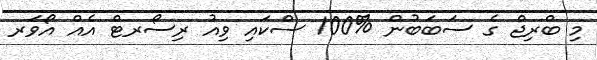
މި ބްރިޖް ގެ ސަބަބުން %100 ސްކައި ވިއު ރިސޯރޓް އެއް އޯވަރ